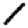
Digit: 1